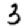
Digit: 3